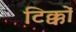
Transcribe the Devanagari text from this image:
टिक्कों